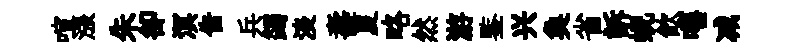
喧漲朱卻溟吿兵蠲淡壽夏略然游鍳兴奐省訴蜺飮嘻减